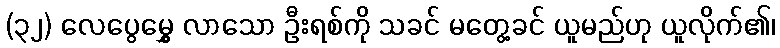
(၃၂) လေပွေမွှေ့ လာသော ဦးရစ်ကို သခင် မတွေ့ခင် ယူမည်ဟု ယူလိုက်၏၊